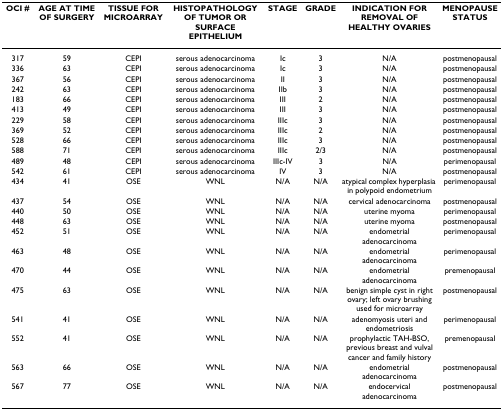
<table><thead><tr><td><b>OCI #</b></td><td><b>AGE AT TIME OF SURGERY</b></td><td><b>TISSUE FOR MICROARRAY</b></td><td><b>HISTOPATHOLOGY OF TUMOR OR SURFACE EPITHELIUM</b></td><td><b>STAGE</b></td><td><b>GRADE</b></td><td><b>INDICATION FOR REMOVAL OF HEALTHY OVARIES</b></td><td><b>MENOPAUSE STATUS</b></td></tr></thead><tbody><tr><td>317</td><td>59</td><td>CEPI</td><td>serous adenocarcinoma</td><td>Ic</td><td>3</td><td>N/A</td><td>postmenopausal</td></tr><tr><td>336</td><td>63</td><td>CEPI</td><td>serous adenocarcinoma</td><td>Ic</td><td>3</td><td>N/A</td><td>postmenopausal</td></tr><tr><td>367</td><td>56</td><td>CEPI</td><td>serous adenocarcinoma</td><td>II</td><td>3</td><td>N/A</td><td>postmenopausal</td></tr><tr><td>242</td><td>63</td><td>CEPI</td><td>serous adenocarcinoma</td><td>IIb</td><td>3</td><td>N/A</td><td>postmenopausal</td></tr><tr><td>183</td><td>66</td><td>CEPI</td><td>serous adenocarcinoma</td><td>III</td><td>2</td><td>N/A</td><td>postmenopausal</td></tr><tr><td>413</td><td>49</td><td>CEPI</td><td>serous adenocarcinoma</td><td>III</td><td>3</td><td>N/A</td><td>postmenopausal</td></tr><tr><td>229</td><td>58</td><td>CEPI</td><td>serous adenocarcinoma</td><td>IIIc</td><td>3</td><td>N/A</td><td>postmenopausal</td></tr><tr><td>369</td><td>52</td><td>CEPI</td><td>serous adenocarcinoma</td><td>IIIc</td><td>2</td><td>N/A</td><td>postmenopausal</td></tr><tr><td>528</td><td>66</td><td>CEPI</td><td>serous adenocarcinoma</td><td>IIIc</td><td>3</td><td>N/A</td><td>postmenopausal</td></tr><tr><td>588</td><td>71</td><td>CEPI</td><td>serous adenocarcinoma</td><td>IIIc</td><td>2/3</td><td>N/A</td><td>postmenopausal</td></tr><tr><td>489</td><td>48</td><td>CEPI</td><td>serous adenocarcinoma</td><td>IIIc-IV</td><td>3</td><td>N/A</td><td>perimenopausal</td></tr><tr><td>542</td><td>61</td><td>CEPI</td><td>serous adenocarcinoma</td><td>IV</td><td>3</td><td>N/A</td><td>postmenopausal</td></tr><tr><td>434</td><td>41</td><td>OSE</td><td>WNL</td><td>N/A</td><td>N/A</td><td>atypical complex hyperplasia in polypoid endometrium</td><td>perimenopausal</td></tr><tr><td>437</td><td>54</td><td>OSE</td><td>WNL</td><td>N/A</td><td>N/A</td><td>cervical adenocarcinoma</td><td>postmenopausal</td></tr><tr><td>440</td><td>50</td><td>OSE</td><td>WNL</td><td>N/A</td><td>N/A</td><td>uterine myoma</td><td>perimenopausal</td></tr><tr><td>448</td><td>63</td><td>OSE</td><td>WNL</td><td>N/A</td><td>N/A</td><td>uterine myoma</td><td>postmenopausal</td></tr><tr><td>452</td><td>51</td><td>OSE</td><td>WNL</td><td>N/A</td><td>N/A</td><td>endometrial adenocarcinoma</td><td>perimenopausal</td></tr><tr><td>463</td><td>48</td><td>OSE</td><td>WNL</td><td>N/A</td><td>N/A</td><td>endometrial adenocarcinoma</td><td>perimenopausal</td></tr><tr><td>470</td><td>44</td><td>OSE</td><td>WNL</td><td>N/A</td><td>N/A</td><td>endometrial adenocarcinoma</td><td>premenopausal</td></tr><tr><td>475</td><td>63</td><td>OSE</td><td>WNL</td><td>N/A</td><td>N/A</td><td>benign simple cyst in right ovary; left ovary brushing used for microarray</td><td>postmenopausal</td></tr><tr><td>541</td><td>41</td><td>OSE</td><td>WNL</td><td>N/A</td><td>N/A</td><td>adenomyosis uteri and endometriosis</td><td>perimenopausal</td></tr><tr><td>552</td><td>41</td><td>OSE</td><td>WNL</td><td>N/A</td><td>N/A</td><td>prophylactic TAH-BSO, previous breast and vulval cancer and family history</td><td>premenopausal</td></tr><tr><td>563</td><td>66</td><td>OSE</td><td>WNL</td><td>N/A</td><td>N/A</td><td>endometrial adenocarcinoma</td><td>postmenopausal</td></tr><tr><td>567</td><td>77</td><td>OSE</td><td>WNL</td><td>N/A</td><td>N/A</td><td>endocervical adenocarcinoma</td><td>postmenopausal</td></tr></tbody></table>